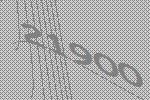
21900